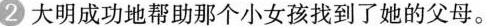
大明成功地帮助那个小女孩找到了她的父母。